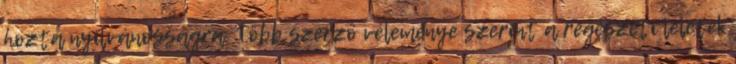
hozta nyilvánosságra. Több szerző véleménye szerint a régészeti leletek